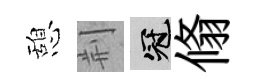
憩荆冠翛